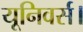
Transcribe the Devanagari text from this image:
यूनिवर्स।